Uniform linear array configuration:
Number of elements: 12
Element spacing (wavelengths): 0.25
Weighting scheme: binomial
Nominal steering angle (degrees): -30
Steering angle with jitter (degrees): -31.659
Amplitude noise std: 0.05
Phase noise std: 0.05

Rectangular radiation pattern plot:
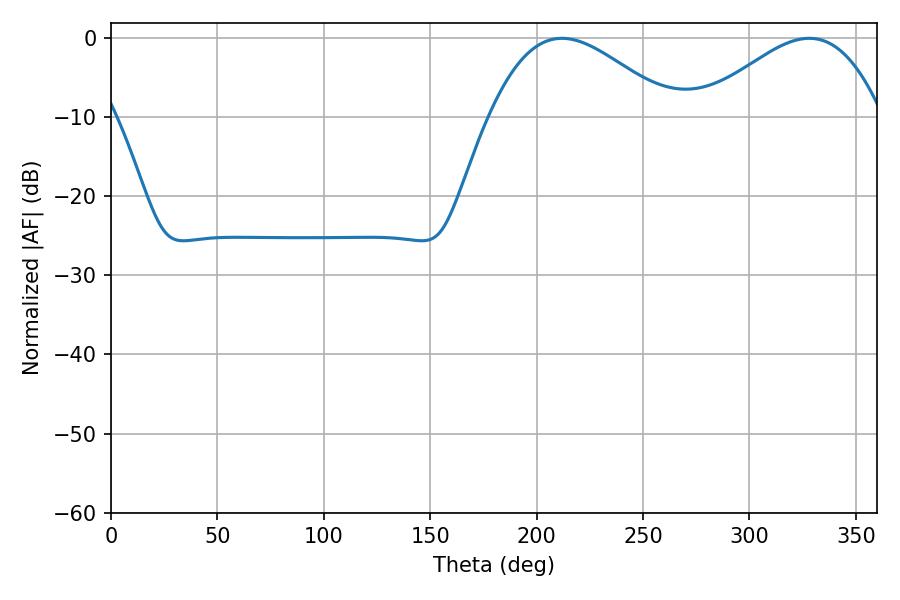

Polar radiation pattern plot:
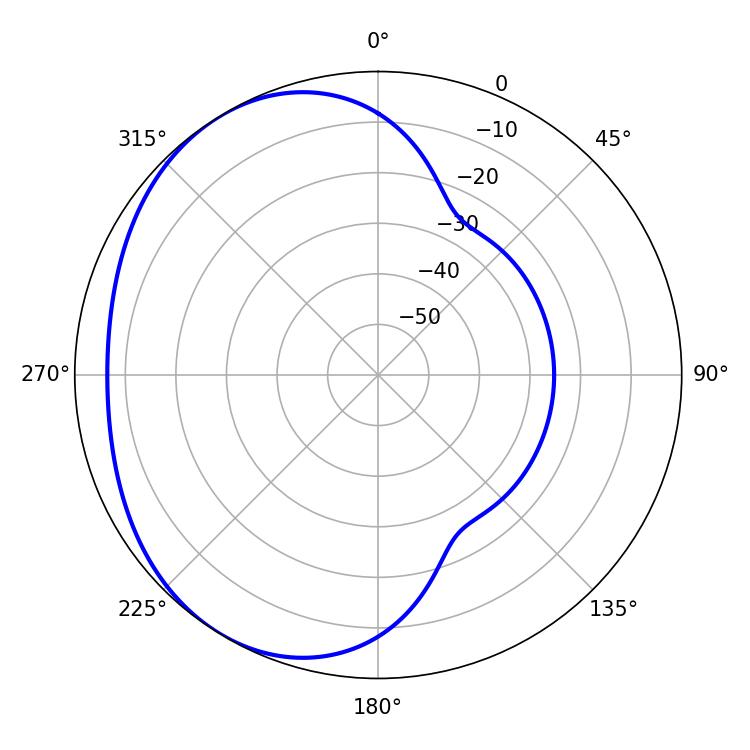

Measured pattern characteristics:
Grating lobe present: FALSE
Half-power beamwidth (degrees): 46.26
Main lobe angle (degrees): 211.86